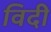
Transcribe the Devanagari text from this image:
विदी